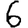
Digit: 6